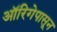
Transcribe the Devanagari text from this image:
ऑरिगेपासून